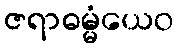
ဇရာဓမ္မံယေဝ